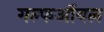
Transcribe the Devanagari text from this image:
गल्फऑयल